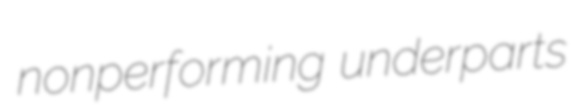
nonperforming underparts